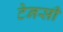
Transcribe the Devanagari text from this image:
टेनसी